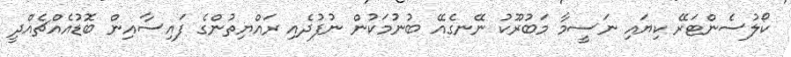
ކޯލުސެންޓަރޭ ކިޔައި ނަސީމާ މަބުރޫކު ނޭނގެއޭ ބުނުމަކުން ނުފުދެއި ރައްޔިތުންގެ ފައިސާއިން ބޮޑުއެއްޗެއްދީ